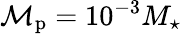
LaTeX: \mathcal{M}_{\mathrm{{p}}}=10^{-3}M_{\star}